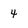
Character: 4